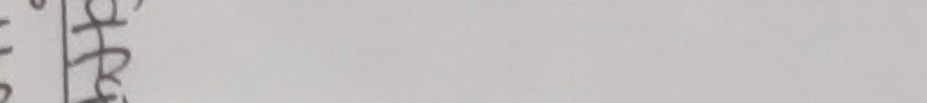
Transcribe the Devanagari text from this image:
हस्ता